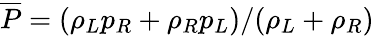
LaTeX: \overline{{P}}=(\rho_{L}p_{R}+\rho_{R}p_{L})/(\rho_{L}+\rho_{R})